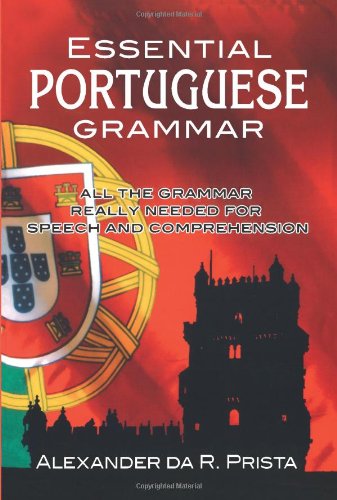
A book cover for Essential Portuguese Grammar (Dover Language Guides Essential Grammar); Alexander da R. Prista; Travel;